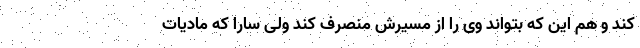
کند و هم این که بتواند وی را از مسیرش منصرف کند ولی سارا که مادیات